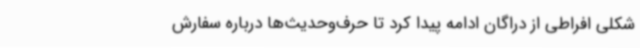
شکلی افراطی از دراگان ادامه پیدا کرد تا حرف‌وحدیث‌ها درباره سفارش